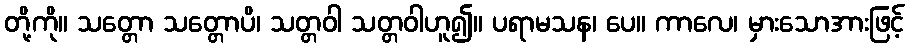
တို့ကို။ သတ္တော သတ္တောပိ၊ သတ္တဝါ သတ္တဝါဟူ၍။ ပရာမသန၊ ပေ။ ကာလေ၊ မှားသောအားဖြင့်